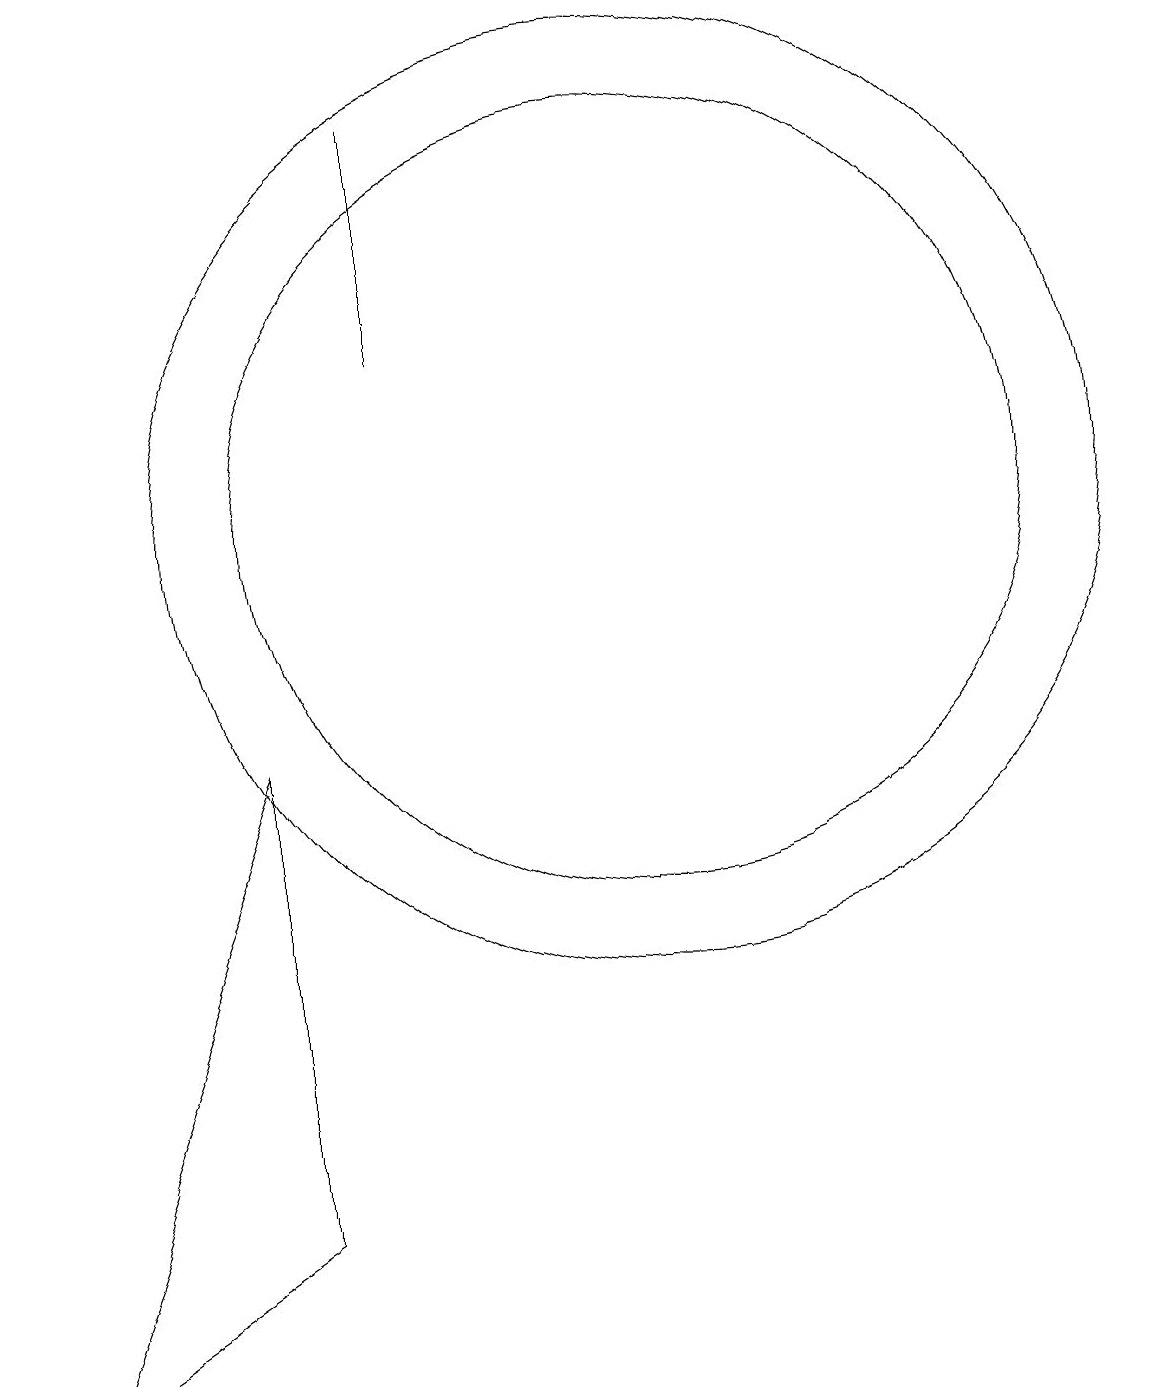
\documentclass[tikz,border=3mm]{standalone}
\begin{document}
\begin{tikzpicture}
\draw (12,11) circle (5);
\draw (7,8) -- (4,0) -- (7,2) -- cycle;
\draw (12,11) circle (6);
\draw (9,13) rectangle (9,16);
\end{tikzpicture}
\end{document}